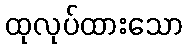
ထုလုပ်ထားသော